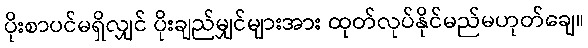
ပိုးစာပင်မရှိလျှင် ပိုးချည်မျှင်များအား ထုတ်လုပ်နိုင်မည်မဟုတ်ချေ။